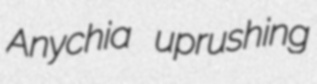
Anychia uprushing